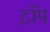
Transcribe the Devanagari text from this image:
ट़ॉप